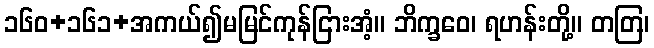
၁၆၀+၁၆၁+အကယ်၍မမြင်ကုန်ငြားအံ့။ ဘိက္ခဝေ၊ ရဟန်းတို့။ တတြ၊